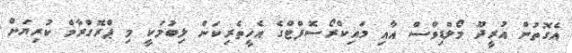
އެގޮތުން އުރީދޫ މޯލްޑިވްސް އާއި މައިކްރޯސޮފްޓްގެ އެހީތެރިކަން ލިބުމަކީ މި ޕްރޮގްރާމް ކުރިޔަށް